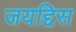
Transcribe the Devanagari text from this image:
जयद्दिस